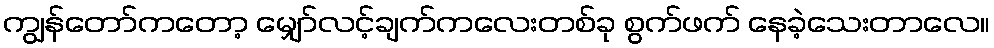
ကျွန်တော်ကတော့ မျှော်လင့်ချက်ကလေးတစ်ခု စွက်ဖက် နေခဲ့သေးတာလေ။